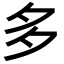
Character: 多